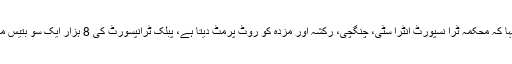
افسران نے بریفنگ دیتے ہوئے کہا کہ محکمہ ٹرا نسپورٹ انٹرا سٹی، چنگچی، رکشہ اور مزدہ کو روٹ پرمٹ دیتا ہے، پبلک ٹرانپسورٹ کی 8 ہزار ایک سو بتیس منی بسیں کراچی میں چل رہی ہیں۔